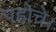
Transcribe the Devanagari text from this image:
पहोचे।